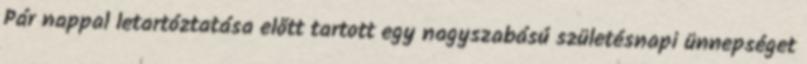
Pár nappal letartóztatása előtt tartott egy nagyszabású születésnapi ünnepséget